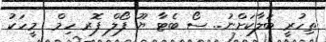
ތިހުރީ ބަލާކަށްނު.. ސޯ ބެޓާ ޔޫ ފޯލް ފޮރ ހިމް  މީހަކު